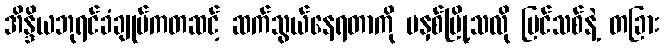
အိန္ဒိယဘုရင်ခံချုပ်ကတဆင့် ဆက်သွယ်နေရတာကို မနှစ်မြို့သလို ပြင်သစ်နဲ့ တခြား